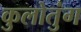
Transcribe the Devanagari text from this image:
कुलोतुंग